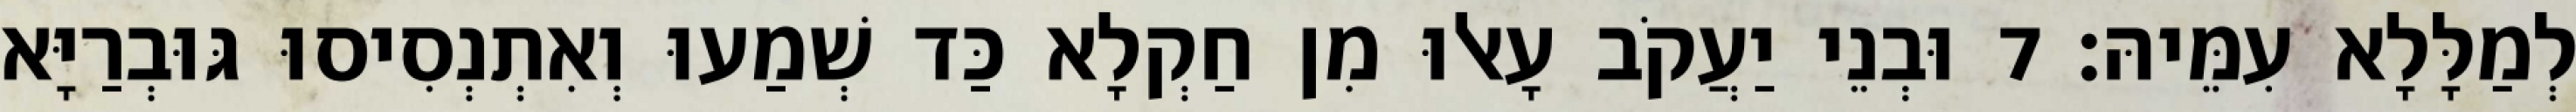
לְמַלָּלָא עִמֵּיהּ׃ 7 וּבְנֵי יַעֲקֹב עָאלוּ מִן חַקְלָא כַּד שְׁמַעוּ וְאִתְנְסִיסוּ גּוּבְרַיָּא